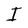
Character: I